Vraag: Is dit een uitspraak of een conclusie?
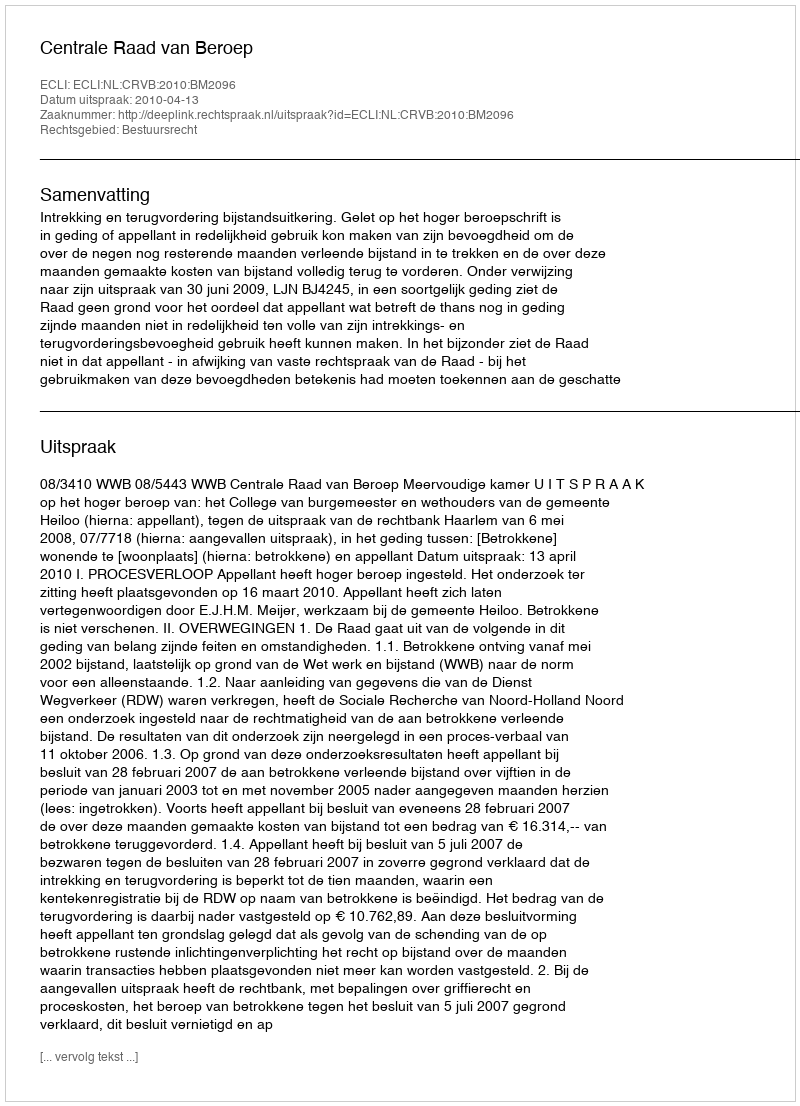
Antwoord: Uitspraak